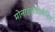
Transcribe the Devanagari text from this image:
मोनाइथेनोलेमिन